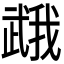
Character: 𭭯